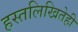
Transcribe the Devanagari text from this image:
हस्तलिखितेही